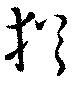
猶